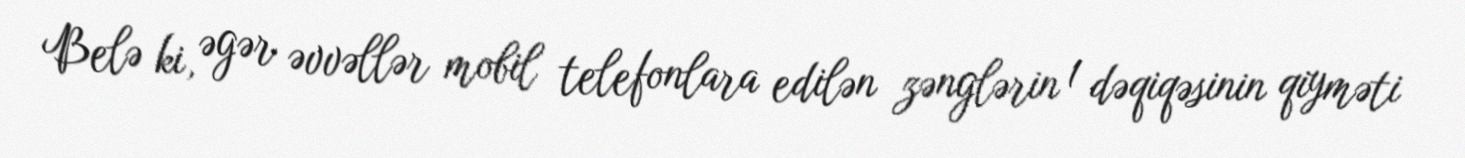
Belə ki, əgər əvvəllər mobil telefonlara edilən zənglərin 1 dəqiqəsinin qiyməti